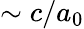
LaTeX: \sim c/a_{0}